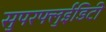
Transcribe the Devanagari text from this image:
सुपरफ्लुईडिटी